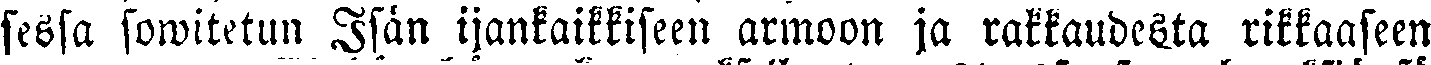
sessa sowitetun Isän ijankaikkiseen armoon ja rakkaudelta rikkaaseen